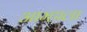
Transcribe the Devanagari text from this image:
आम्‍हाला